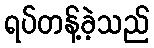
ရပ်တန့်ခဲ့သည်